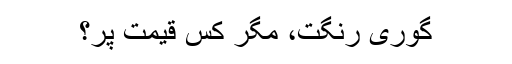
گوری رنگت، مگر کس قیمت پر؟